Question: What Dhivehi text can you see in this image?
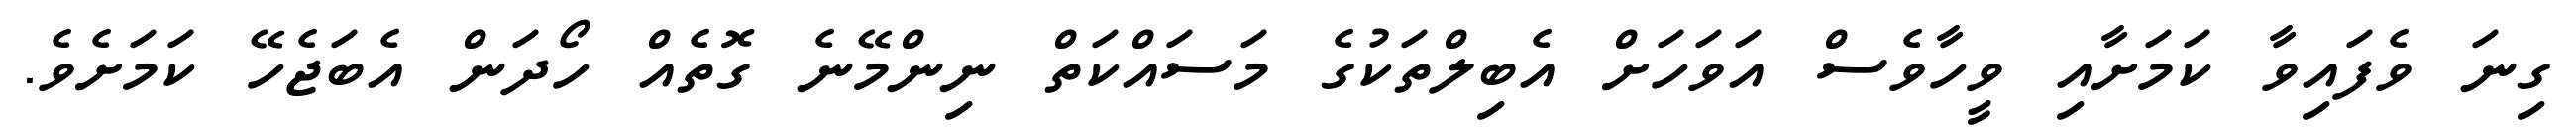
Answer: ގިނަ ވެފައިވާ ކަމަށާއި ވީހާވެސް އަވަހަށް އެބިލްތަކުގެ މަސައްކަތް ނިންމޭނެ ގޮތެއް ހޯދަން އެބަޖެހޭ ކަމަށެވެ.